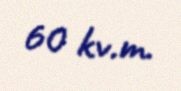
60 kv.m.